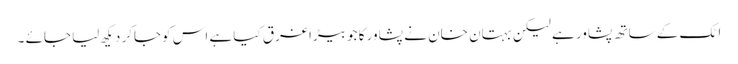
اٹک کے ساتھ پشاور ہے لیکن بہتان خان نے پشاور کا جو بیڑا غرق کیا ہے اس کوجاکر دیکھ لیا جائے ۔